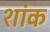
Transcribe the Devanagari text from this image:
शांक